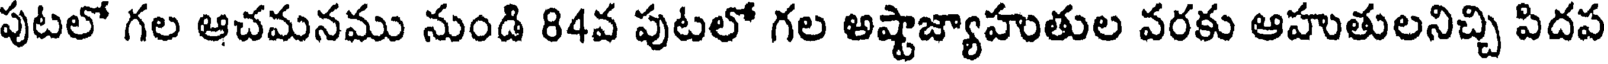
పుటలో గల ఆచమనము నుండి 84వ పుటలో గల అష్టాజ్యాహుతుల వరకు ఆహుతులనిచ్చి పిదప